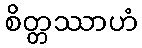
စိတ္တဿာဟံ